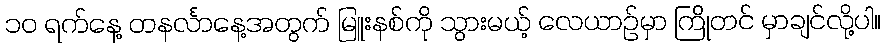
၁၀ ရက်နေ့ တနင်္လာနေ့အတွက် မြူးနစ်ကို သွားမယ့် လေယာဉ်မှာ ကြိုတင် မှာချင်လို့ပါ။